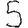
Digit: 5